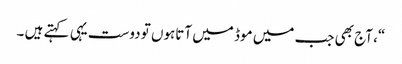
“، آج بھی جب میں موڈ میں آتاہوں تو دوست یہی کہتے ہیں ۔